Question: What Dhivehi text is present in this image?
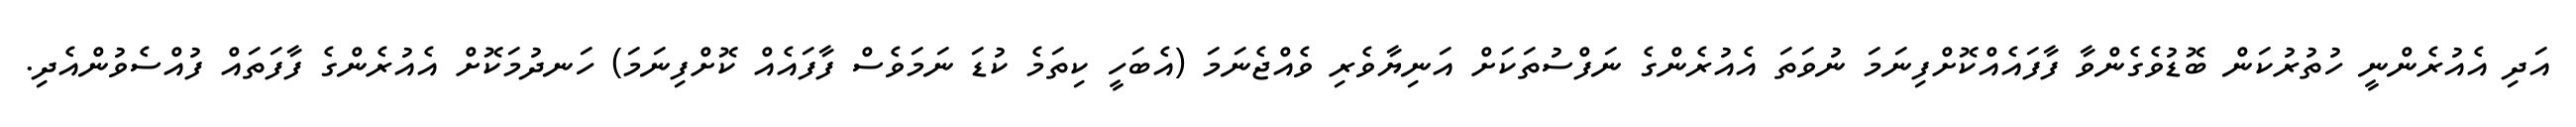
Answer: އަދި އެއުރެންނީ ހުތުރުކަން ބޮޑުވެގެންވާ ފާފައެއްކޮށްފިނަމަ ނުވަތަ އެއުރެންގެ ނަފްސުތަކަށް އަނިޔާވެރި ވެއްޖެނަމަ (އެބަހީ ކިތަމެ ކުޑަ ނަމަވެސް ފާފައެއް ކޮށްފިނަމަ) ހަނދުމަކޮށް އެއުރެންގެ ފާފަތައް ފުއްސެވުންއެދި.